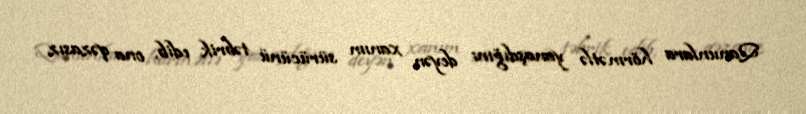
Qanunlara hörmətlə yanaşdığını deyən xanım sürücünü təbrik edib, ona qəzasız